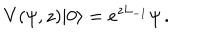
LaTeX: V ( \psi , z ) | 0 \rangle = e ^ { z L _ { - 1 } } \psi \, .